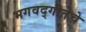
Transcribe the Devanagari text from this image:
भगवद्‌गीतेचे